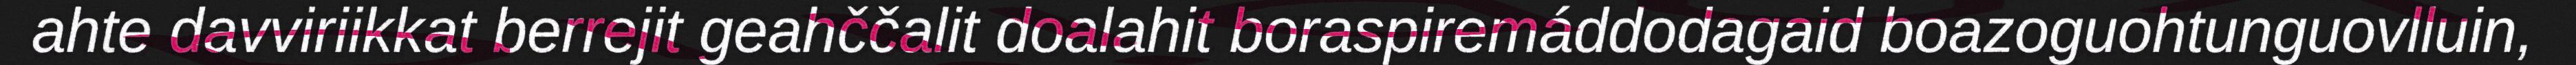
ahte davviriikkat berrejit geahččalit doalahit boraspiremáddodagaid boazoguohtunguovlluin,